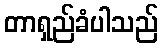
တာရှည်ခံပါသည်